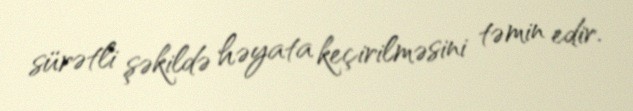
sürətli şəkildə həyata keçirilməsini təmin edir.